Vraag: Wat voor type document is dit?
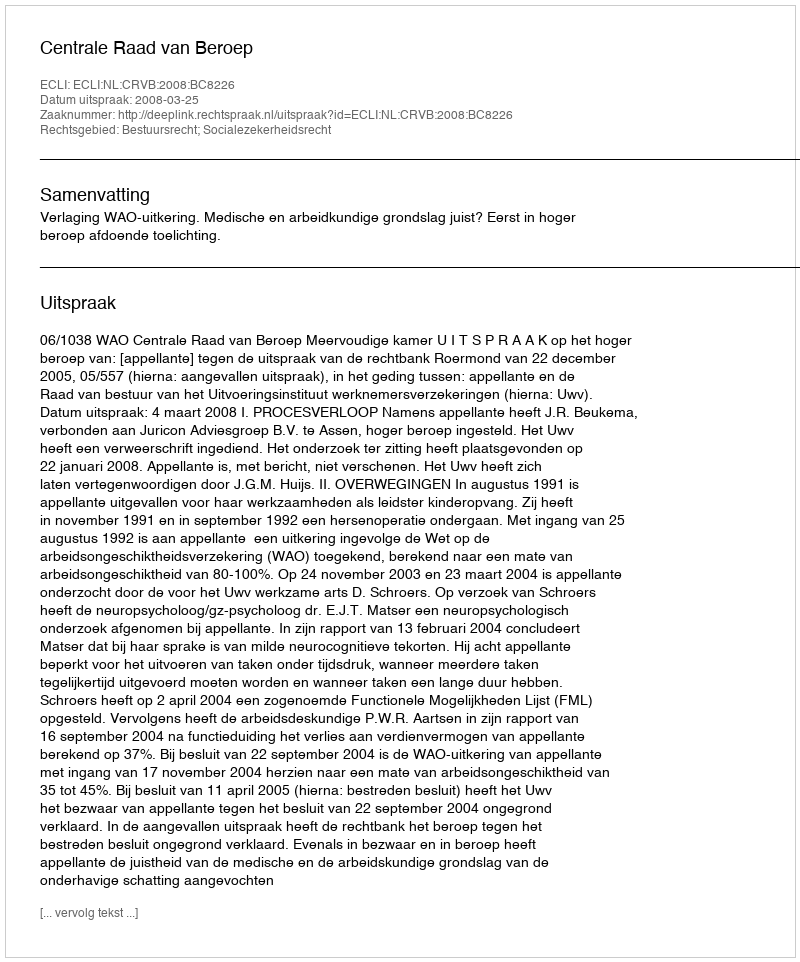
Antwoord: Uitspraak